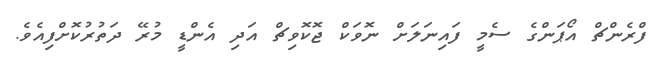
ފްރެންޗް އޯޕަންގެ ސެމީ ފައިނަލަށް ނޮވަކް ޖޮކޮވިޗް އަދި އެންޑީ މުރޭ ދަތުރުކޮށްފިއެވެ.